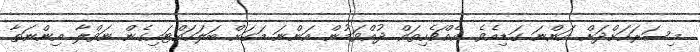
މިސަރަހަށްދަށް އަންނަ ގަޑިއެވެ. އެއްޗެހިތައް ދުއްވަމުން އަންނަ މަގަށް ބަލަހައްޓައިގެން ނަވްލާ އިންނަތާ